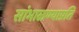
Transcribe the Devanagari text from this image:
सांभाळण्याप्रति